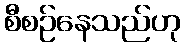
စီစဉ်နေသည်ဟု